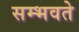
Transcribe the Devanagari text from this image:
सम्भवते